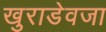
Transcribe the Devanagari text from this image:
खुराडेवजा